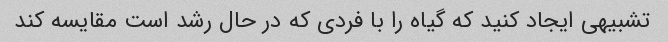
تشبیهی ایجاد کنید که گیاه را با فردی که در حال رشد است مقایسه کند